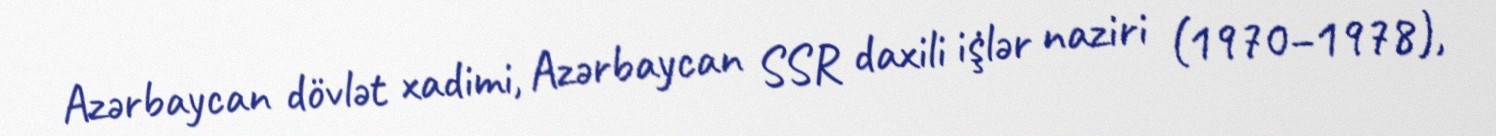
Azərbaycan dövlət xadimi, Azərbaycan SSR daxili i̇şlər naziri (1970–1978),